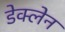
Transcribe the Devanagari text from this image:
डेक्लेन